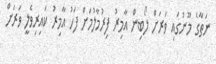
ނަތާގެ މޫނުގައި ވަރަށް ލޯބިން އާމިރު ފިރުމާލުމަށް ފަހު އާމިރު ކައިރިވެލީ ވަރަށް